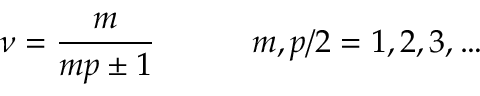
\nu = \frac { m } { m p \pm 1 } \qquad \quad m , p / 2 = 1 , 2 , 3 , \ldots